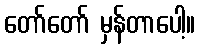
တော်တော် မှန်တာပေါ့။